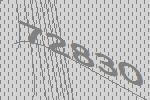
72830